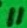
Text: 10